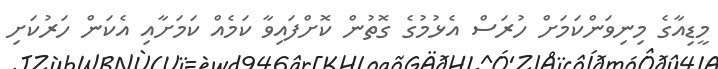
މީޑިއާގެ މިނިވަންކަމަށް ހުރަސް އެޅުމުގެ ގޮތުން ކޮށްފައިވާ ކަމެއް ކަމަށާއި އެކަން ހަރުކަށި